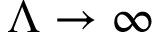
\Lambda \to \infty